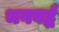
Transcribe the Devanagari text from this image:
भगवर्द्ध